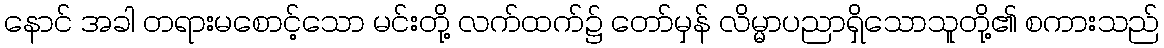
နောင် အခါ တရားမစောင့်သော မင်းတို့ လက်ထက်၌ တော်မှန် လိမ္မာပညာရှိသောသူတို့၏ စကားသည်